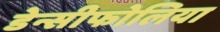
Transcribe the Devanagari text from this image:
डेन्सीफोलिया